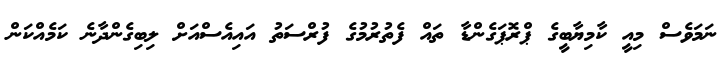
ނަމަވެސް މިއީ ކާމިޔާބީގެ ޕްރޮޕަގެންޑާ ތައް ފެތުރުމުގެ ފުރްސަތު އައިއެސްއަށް ލިބިގެންދާނެ ކަމެއްކަން